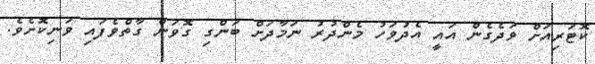
ކޮޓަރިއަށް ވަދެގެން އައީ އެދުވަހު މެންދުރު ނަމާދަށް ބަންގި ގޮވަން ގާތްވެފައި ވަނިކޮށެވެ.